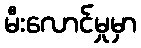
မီးလောင်မှုမှာ